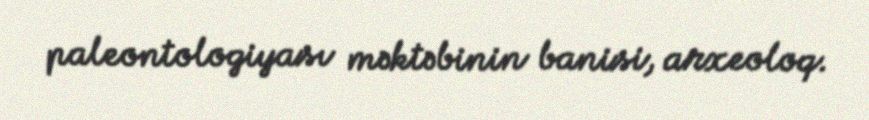
paleontologiyası məktəbinin banisi, arxeoloq.